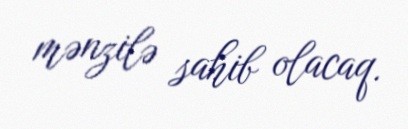
mənzilə sahib olacaq.